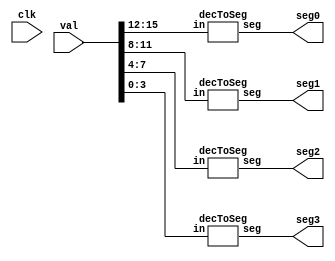
`timescale 1ns / 1ps
//////////////////////////////////////////////////////////////////////////////////
//
//
//	Description:	 Decodes a binary-encoded-decimal number on led input into
//						 4 led segments: thousands, hundreds, tens, and ones.
//
//////////////////////////////////////////////////////////////////////////////////
module decoder(
    input clk,
    input [15:0] val,	  // binary-encoded-decimal value
	 output [7:0] seg0, // left most segment
    output [7:0] seg1, // 
    output [7:0] seg2, // 
    output [7:0] seg3  // right most segment
    );
	 
	 decToSeg a (val[15:12], seg0);
	 decToSeg b (val[11:8], seg1);
	 decToSeg c (val[7:4], seg2);
	 decToSeg d (val[3:0], seg3);
	 
endmodule

// module to convert single binary-encoded-digit to the 7-segment led
module decToSeg(
	input [3:0] in,
	output reg [7:0] seg
	);
	
	always @(*)
		case (in)
			4'h0  : seg = 8'b00111111; // 0 (seg[7] is decimal point)
			4'h1  : seg = 8'b00000110; // 1
			4'h2  : seg = 8'b01011011; // ...
			4'h3  : seg = 8'b01001111; 
			4'h4  : seg = 8'b01100110; 
			4'h5  : seg = 8'b01101101; 
			4'h6  : seg = 8'b01111101; 
			4'h7  : seg = 8'b00000111; 
			4'h8  : seg = 8'b01111111; 
			4'h9  : seg = 8'b01101111; 
			4'hA  : seg = 8'b01110111; 
			4'hB  : seg = 8'b01111100; 
			4'hC  : seg = 8'b00111001; 
			4'hD  : seg = 8'b01011110; 
			4'hE  : seg = 8'b01111001; 
			4'hF  : seg = 8'b01110001; 
			default : seg = 8'b0;
		endcase
	
endmodule